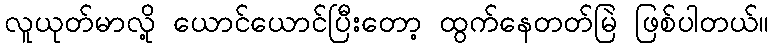
လူယုတ်မာလို့ ယောင်ယောင်ပြီးတော့ ထွက်နေတတ်မြဲ ဖြစ်ပါတယ်။